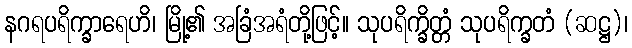
နဂရပရိက္ခာရေဟိ၊ မြို့၏ အခြံအရံတို့ဖြင့်။ သုပရိက္ခိတ္တံ သုပရိက္ခတံ (ဆဋ္ဌ)၊